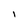
Character: I